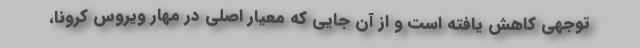
توجهی کاهش یافته است و از آن جایی که معیار اصلی در مهار ویروس کرونا،